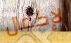
لإكمال